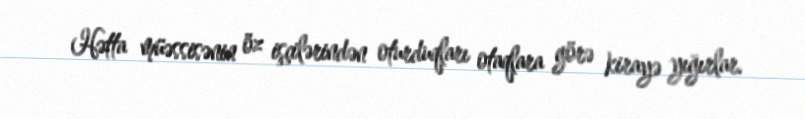
Hətta müəssisənin öz işçilərindən oturduqları otaqlara görə kirayə yığırlar.